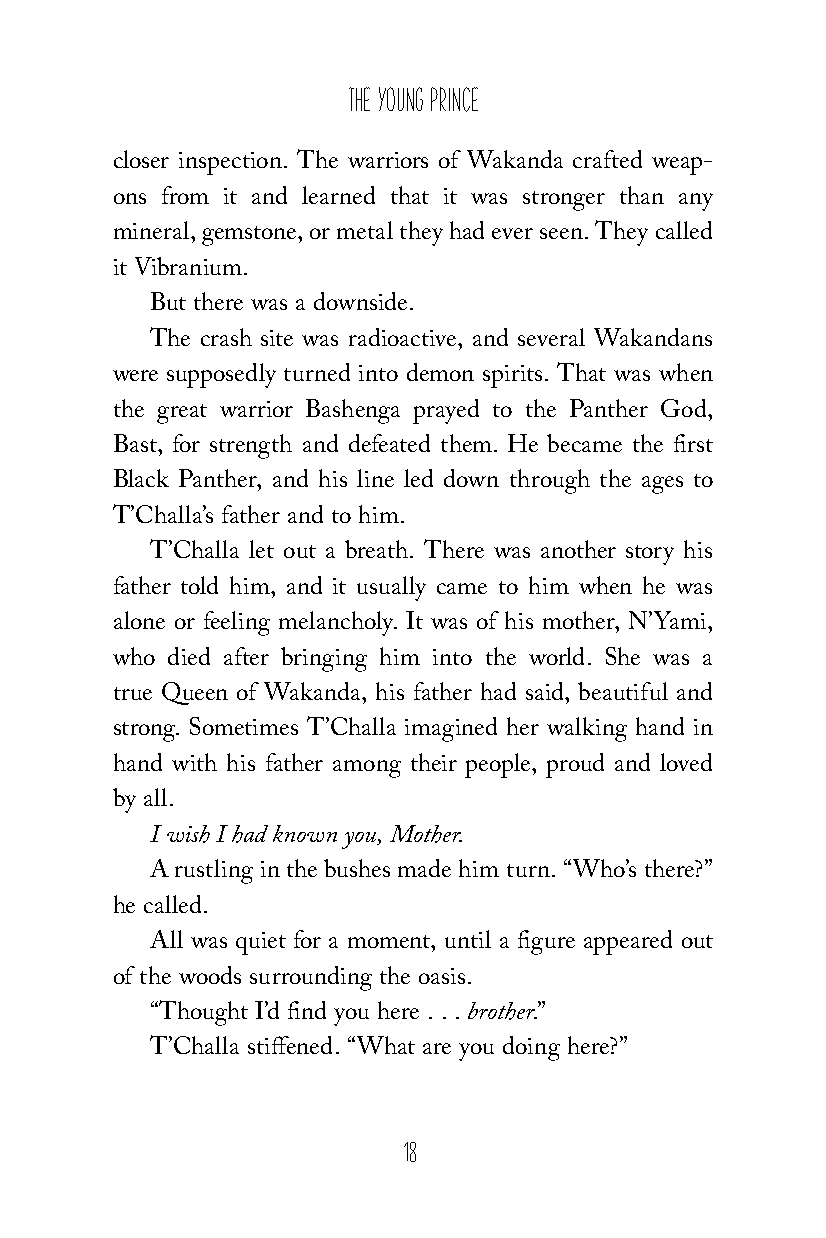
The Young Prince
 closer inspection. The warriors of Wakanda crafted weap-
 ons from it and learned that it was stronger than any
 mineral, gemstone, or metal they had ever seen. They called
 it Vibranium.
 But there was a downside.
 The crash site was radioactive, and several Wakandans
 were supposedly turned into demon spirits. That was when
 the great warrior Bashenga prayed to the Panther God,
 Bast, for strength and defeated them. He became the first
 Black Panther, and his line led down through the ages to
 T’Challa’s father and to him.
 T’Challa let out a breath. There was another story his
 father told him, and it usually came to him when he was
 alone or feeling melancholy. It was of his mother, N’Yami,
 who died after bringing him into the world. She was a
 true Queen of Wakanda, his father had said, beautiful and
 strong. Sometimes T’Challa imagined her walking hand in
 hand with his father among their people, proud and loved
 by all.
 I wish I had known you, Mother.
 A rustling in the bushes made him turn. “Who’s there?”
 he called.
 All was quiet for a moment, until a figure appeared out
 of the woods surrounding the oasis.
 “Thought I’d find you here . . . brother.”
 T’Challa stiffened. “What are you doing here?”
 18